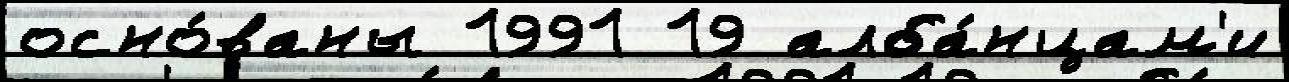
осно́ваны 1991 19 алба́нцам'и